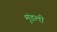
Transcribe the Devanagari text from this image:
मुंडली